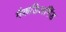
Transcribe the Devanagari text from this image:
मैकडिअर्मिड